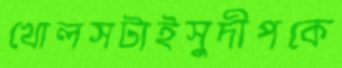
খোলসটাইসুদীপকে